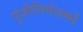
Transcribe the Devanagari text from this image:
पूंजीनिवेशकों